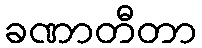
ခဏာတီတာ